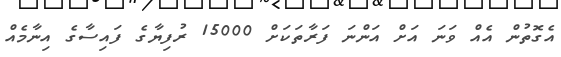
އެގޮތުން އެއް ވަނަ އަށް އަންނަ ފަރާތަކަށް 15000 ރުފިޔާގެ ފައިސާގެ އިނާމެއް